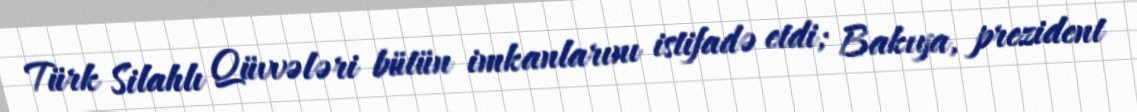
Türk Silahlı Qüvvələri bütün imkanlarını istifadə etdi; Bakıya, prezident